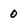
Character: 0